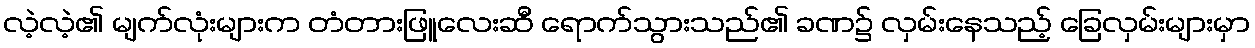
လဲ့လဲ့၏ မျက်လုံးများက တံတားဖြူလေးဆီ ရောက်သွားသည်၏ ခဏ၌ လှမ်းနေသည့် ခြေလှမ်းများမှာ